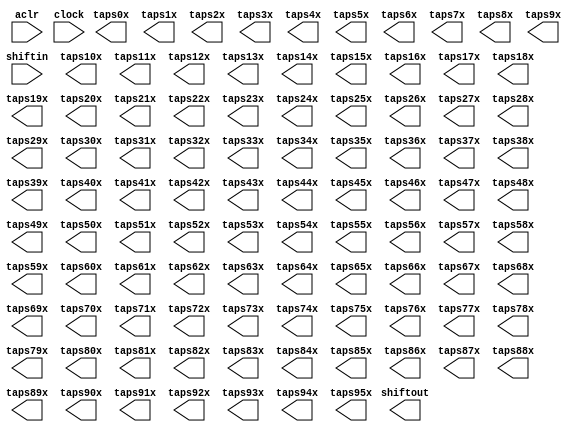
// megafunction wizard: %Shift register (RAM-based)%VBB%
// GENERATION: STANDARD
// VERSION: WM1.0
// MODULE: ALTSHIFT_TAPS 

// ============================================================
// Megafunction Name(s):
// 			ALTSHIFT_TAPS
//
// Simulation Library Files(s):
// 			altera_mf
// ============================================================
// ************************************************************
// THIS IS A WIZARD-GENERATED FILE. DO NOT EDIT THIS FILE!
//
// 18.1.0 Build 625 09/12/2018 SJ Lite Edition
// ************************************************************

//Copyright (C) 2018  Intel Corporation. All rights reserved.
//Your use of Intel Corporation's design tools, logic functions 
//and other software and tools, and its AMPP partner logic 
//functions, and any output files from any of the foregoing 
//(including device programming or simulation files), and any 
//associated documentation or information are expressly subject 
//to the terms and conditions of the Intel Program License 
//Subscription Agreement, the Intel Quartus Prime License Agreement,
//the Intel FPGA IP License Agreement, or other applicable license
//agreement, including, without limitation, that your use is for
//the sole purpose of programming logic devices manufactured by
//Intel and sold by Intel or its authorized distributors.  Please
//refer to the applicable agreement for further details.

module Shift (
	aclr,
	clock,
	shiftin,
	shiftout,
	taps0x,
	taps10x,
	taps11x,
	taps12x,
	taps13x,
	taps14x,
	taps15x,
	taps16x,
	taps17x,
	taps18x,
	taps19x,
	taps1x,
	taps20x,
	taps21x,
	taps22x,
	taps23x,
	taps24x,
	taps25x,
	taps26x,
	taps27x,
	taps28x,
	taps29x,
	taps2x,
	taps30x,
	taps31x,
	taps32x,
	taps33x,
	taps34x,
	taps35x,
	taps36x,
	taps37x,
	taps38x,
	taps39x,
	taps3x,
	taps40x,
	taps41x,
	taps42x,
	taps43x,
	taps44x,
	taps45x,
	taps46x,
	taps47x,
	taps48x,
	taps49x,
	taps4x,
	taps50x,
	taps51x,
	taps52x,
	taps53x,
	taps54x,
	taps55x,
	taps56x,
	taps57x,
	taps58x,
	taps59x,
	taps5x,
	taps60x,
	taps61x,
	taps62x,
	taps63x,
	taps64x,
	taps65x,
	taps66x,
	taps67x,
	taps68x,
	taps69x,
	taps6x,
	taps70x,
	taps71x,
	taps72x,
	taps73x,
	taps74x,
	taps75x,
	taps76x,
	taps77x,
	taps78x,
	taps79x,
	taps7x,
	taps80x,
	taps81x,
	taps82x,
	taps83x,
	taps84x,
	taps85x,
	taps86x,
	taps87x,
	taps88x,
	taps89x,
	taps8x,
	taps90x,
	taps91x,
	taps92x,
	taps93x,
	taps94x,
	taps95x,
	taps9x);

	input	  aclr;
	input	  clock;
	input	[15:0]  shiftin;
	output	[15:0]  shiftout;
	output	[15:0]  taps0x;
	output	[15:0]  taps10x;
	output	[15:0]  taps11x;
	output	[15:0]  taps12x;
	output	[15:0]  taps13x;
	output	[15:0]  taps14x;
	output	[15:0]  taps15x;
	output	[15:0]  taps16x;
	output	[15:0]  taps17x;
	output	[15:0]  taps18x;
	output	[15:0]  taps19x;
	output	[15:0]  taps1x;
	output	[15:0]  taps20x;
	output	[15:0]  taps21x;
	output	[15:0]  taps22x;
	output	[15:0]  taps23x;
	output	[15:0]  taps24x;
	output	[15:0]  taps25x;
	output	[15:0]  taps26x;
	output	[15:0]  taps27x;
	output	[15:0]  taps28x;
	output	[15:0]  taps29x;
	output	[15:0]  taps2x;
	output	[15:0]  taps30x;
	output	[15:0]  taps31x;
	output	[15:0]  taps32x;
	output	[15:0]  taps33x;
	output	[15:0]  taps34x;
	output	[15:0]  taps35x;
	output	[15:0]  taps36x;
	output	[15:0]  taps37x;
	output	[15:0]  taps38x;
	output	[15:0]  taps39x;
	output	[15:0]  taps3x;
	output	[15:0]  taps40x;
	output	[15:0]  taps41x;
	output	[15:0]  taps42x;
	output	[15:0]  taps43x;
	output	[15:0]  taps44x;
	output	[15:0]  taps45x;
	output	[15:0]  taps46x;
	output	[15:0]  taps47x;
	output	[15:0]  taps48x;
	output	[15:0]  taps49x;
	output	[15:0]  taps4x;
	output	[15:0]  taps50x;
	output	[15:0]  taps51x;
	output	[15:0]  taps52x;
	output	[15:0]  taps53x;
	output	[15:0]  taps54x;
	output	[15:0]  taps55x;
	output	[15:0]  taps56x;
	output	[15:0]  taps57x;
	output	[15:0]  taps58x;
	output	[15:0]  taps59x;
	output	[15:0]  taps5x;
	output	[15:0]  taps60x;
	output	[15:0]  taps61x;
	output	[15:0]  taps62x;
	output	[15:0]  taps63x;
	output	[15:0]  taps64x;
	output	[15:0]  taps65x;
	output	[15:0]  taps66x;
	output	[15:0]  taps67x;
	output	[15:0]  taps68x;
	output	[15:0]  taps69x;
	output	[15:0]  taps6x;
	output	[15:0]  taps70x;
	output	[15:0]  taps71x;
	output	[15:0]  taps72x;
	output	[15:0]  taps73x;
	output	[15:0]  taps74x;
	output	[15:0]  taps75x;
	output	[15:0]  taps76x;
	output	[15:0]  taps77x;
	output	[15:0]  taps78x;
	output	[15:0]  taps79x;
	output	[15:0]  taps7x;
	output	[15:0]  taps80x;
	output	[15:0]  taps81x;
	output	[15:0]  taps82x;
	output	[15:0]  taps83x;
	output	[15:0]  taps84x;
	output	[15:0]  taps85x;
	output	[15:0]  taps86x;
	output	[15:0]  taps87x;
	output	[15:0]  taps88x;
	output	[15:0]  taps89x;
	output	[15:0]  taps8x;
	output	[15:0]  taps90x;
	output	[15:0]  taps91x;
	output	[15:0]  taps92x;
	output	[15:0]  taps93x;
	output	[15:0]  taps94x;
	output	[15:0]  taps95x;
	output	[15:0]  taps9x;
`ifndef ALTERA_RESERVED_QIS
// synopsys translate_off
`endif
	tri1	  aclr;
`ifndef ALTERA_RESERVED_QIS
// synopsys translate_on
`endif

endmodule

// ============================================================
// CNX file retrieval info
// ============================================================
// Retrieval info: PRIVATE: ACLR NUMERIC "1"
// Retrieval info: PRIVATE: CLKEN NUMERIC "0"
// Retrieval info: PRIVATE: GROUP_TAPS NUMERIC "1"
// Retrieval info: PRIVATE: INTENDED_DEVICE_FAMILY STRING "Cyclone V"
// Retrieval info: PRIVATE: NUMBER_OF_TAPS NUMERIC "96"
// Retrieval info: PRIVATE: RAM_BLOCK_TYPE NUMERIC "3"
// Retrieval info: PRIVATE: SYNTH_WRAPPER_GEN_POSTFIX STRING "0"
// Retrieval info: PRIVATE: TAP_DISTANCE NUMERIC "4"
// Retrieval info: PRIVATE: WIDTH NUMERIC "16"
// Retrieval info: LIBRARY: altera_mf altera_mf.altera_mf_components.all
// Retrieval info: CONSTANT: INTENDED_DEVICE_FAMILY STRING "Cyclone V"
// Retrieval info: CONSTANT: LPM_HINT STRING "RAM_BLOCK_TYPE=AUTO"
// Retrieval info: CONSTANT: LPM_TYPE STRING "altshift_taps"
// Retrieval info: CONSTANT: NUMBER_OF_TAPS NUMERIC "96"
// Retrieval info: CONSTANT: TAP_DISTANCE NUMERIC "4"
// Retrieval info: CONSTANT: WIDTH NUMERIC "16"
// Retrieval info: USED_PORT: aclr 0 0 0 0 INPUT VCC "aclr"
// Retrieval info: USED_PORT: clock 0 0 0 0 INPUT NODEFVAL "clock"
// Retrieval info: USED_PORT: shiftin 0 0 16 0 INPUT NODEFVAL "shiftin[15..0]"
// Retrieval info: USED_PORT: shiftout 0 0 16 0 OUTPUT NODEFVAL "shiftout[15..0]"
// Retrieval info: USED_PORT: taps0x 0 0 16 0 OUTPUT NODEFVAL "taps0x[15..0]"
// Retrieval info: USED_PORT: taps10x 0 0 16 0 OUTPUT NODEFVAL "taps10x[15..0]"
// Retrieval info: USED_PORT: taps11x 0 0 16 0 OUTPUT NODEFVAL "taps11x[15..0]"
// Retrieval info: USED_PORT: taps12x 0 0 16 0 OUTPUT NODEFVAL "taps12x[15..0]"
// Retrieval info: USED_PORT: taps13x 0 0 16 0 OUTPUT NODEFVAL "taps13x[15..0]"
// Retrieval info: USED_PORT: taps14x 0 0 16 0 OUTPUT NODEFVAL "taps14x[15..0]"
// Retrieval info: USED_PORT: taps15x 0 0 16 0 OUTPUT NODEFVAL "taps15x[15..0]"
// Retrieval info: USED_PORT: taps16x 0 0 16 0 OUTPUT NODEFVAL "taps16x[15..0]"
// Retrieval info: USED_PORT: taps17x 0 0 16 0 OUTPUT NODEFVAL "taps17x[15..0]"
// Retrieval info: USED_PORT: taps18x 0 0 16 0 OUTPUT NODEFVAL "taps18x[15..0]"
// Retrieval info: USED_PORT: taps19x 0 0 16 0 OUTPUT NODEFVAL "taps19x[15..0]"
// Retrieval info: USED_PORT: taps1x 0 0 16 0 OUTPUT NODEFVAL "taps1x[15..0]"
// Retrieval info: USED_PORT: taps20x 0 0 16 0 OUTPUT NODEFVAL "taps20x[15..0]"
// Retrieval info: USED_PORT: taps21x 0 0 16 0 OUTPUT NODEFVAL "taps21x[15..0]"
// Retrieval info: USED_PORT: taps22x 0 0 16 0 OUTPUT NODEFVAL "taps22x[15..0]"
// Retrieval info: USED_PORT: taps23x 0 0 16 0 OUTPUT NODEFVAL "taps23x[15..0]"
// Retrieval info: USED_PORT: taps24x 0 0 16 0 OUTPUT NODEFVAL "taps24x[15..0]"
// Retrieval info: USED_PORT: taps25x 0 0 16 0 OUTPUT NODEFVAL "taps25x[15..0]"
// Retrieval info: USED_PORT: taps26x 0 0 16 0 OUTPUT NODEFVAL "taps26x[15..0]"
// Retrieval info: USED_PORT: taps27x 0 0 16 0 OUTPUT NODEFVAL "taps27x[15..0]"
// Retrieval info: USED_PORT: taps28x 0 0 16 0 OUTPUT NODEFVAL "taps28x[15..0]"
// Retrieval info: USED_PORT: taps29x 0 0 16 0 OUTPUT NODEFVAL "taps29x[15..0]"
// Retrieval info: USED_PORT: taps2x 0 0 16 0 OUTPUT NODEFVAL "taps2x[15..0]"
// Retrieval info: USED_PORT: taps30x 0 0 16 0 OUTPUT NODEFVAL "taps30x[15..0]"
// Retrieval info: USED_PORT: taps31x 0 0 16 0 OUTPUT NODEFVAL "taps31x[15..0]"
// Retrieval info: USED_PORT: taps32x 0 0 16 0 OUTPUT NODEFVAL "taps32x[15..0]"
// Retrieval info: USED_PORT: taps33x 0 0 16 0 OUTPUT NODEFVAL "taps33x[15..0]"
// Retrieval info: USED_PORT: taps34x 0 0 16 0 OUTPUT NODEFVAL "taps34x[15..0]"
// Retrieval info: USED_PORT: taps35x 0 0 16 0 OUTPUT NODEFVAL "taps35x[15..0]"
// Retrieval info: USED_PORT: taps36x 0 0 16 0 OUTPUT NODEFVAL "taps36x[15..0]"
// Retrieval info: USED_PORT: taps37x 0 0 16 0 OUTPUT NODEFVAL "taps37x[15..0]"
// Retrieval info: USED_PORT: taps38x 0 0 16 0 OUTPUT NODEFVAL "taps38x[15..0]"
// Retrieval info: USED_PORT: taps39x 0 0 16 0 OUTPUT NODEFVAL "taps39x[15..0]"
// Retrieval info: USED_PORT: taps3x 0 0 16 0 OUTPUT NODEFVAL "taps3x[15..0]"
// Retrieval info: USED_PORT: taps40x 0 0 16 0 OUTPUT NODEFVAL "taps40x[15..0]"
// Retrieval info: USED_PORT: taps41x 0 0 16 0 OUTPUT NODEFVAL "taps41x[15..0]"
// Retrieval info: USED_PORT: taps42x 0 0 16 0 OUTPUT NODEFVAL "taps42x[15..0]"
// Retrieval info: USED_PORT: taps43x 0 0 16 0 OUTPUT NODEFVAL "taps43x[15..0]"
// Retrieval info: USED_PORT: taps44x 0 0 16 0 OUTPUT NODEFVAL "taps44x[15..0]"
// Retrieval info: USED_PORT: taps45x 0 0 16 0 OUTPUT NODEFVAL "taps45x[15..0]"
// Retrieval info: USED_PORT: taps46x 0 0 16 0 OUTPUT NODEFVAL "taps46x[15..0]"
// Retrieval info: USED_PORT: taps47x 0 0 16 0 OUTPUT NODEFVAL "taps47x[15..0]"
// Retrieval info: USED_PORT: taps48x 0 0 16 0 OUTPUT NODEFVAL "taps48x[15..0]"
// Retrieval info: USED_PORT: taps49x 0 0 16 0 OUTPUT NODEFVAL "taps49x[15..0]"
// Retrieval info: USED_PORT: taps4x 0 0 16 0 OUTPUT NODEFVAL "taps4x[15..0]"
// Retrieval info: USED_PORT: taps50x 0 0 16 0 OUTPUT NODEFVAL "taps50x[15..0]"
// Retrieval info: USED_PORT: taps51x 0 0 16 0 OUTPUT NODEFVAL "taps51x[15..0]"
// Retrieval info: USED_PORT: taps52x 0 0 16 0 OUTPUT NODEFVAL "taps52x[15..0]"
// Retrieval info: USED_PORT: taps53x 0 0 16 0 OUTPUT NODEFVAL "taps53x[15..0]"
// Retrieval info: USED_PORT: taps54x 0 0 16 0 OUTPUT NODEFVAL "taps54x[15..0]"
// Retrieval info: USED_PORT: taps55x 0 0 16 0 OUTPUT NODEFVAL "taps55x[15..0]"
// Retrieval info: USED_PORT: taps56x 0 0 16 0 OUTPUT NODEFVAL "taps56x[15..0]"
// Retrieval info: USED_PORT: taps57x 0 0 16 0 OUTPUT NODEFVAL "taps57x[15..0]"
// Retrieval info: USED_PORT: taps58x 0 0 16 0 OUTPUT NODEFVAL "taps58x[15..0]"
// Retrieval info: USED_PORT: taps59x 0 0 16 0 OUTPUT NODEFVAL "taps59x[15..0]"
// Retrieval info: USED_PORT: taps5x 0 0 16 0 OUTPUT NODEFVAL "taps5x[15..0]"
// Retrieval info: USED_PORT: taps60x 0 0 16 0 OUTPUT NODEFVAL "taps60x[15..0]"
// Retrieval info: USED_PORT: taps61x 0 0 16 0 OUTPUT NODEFVAL "taps61x[15..0]"
// Retrieval info: USED_PORT: taps62x 0 0 16 0 OUTPUT NODEFVAL "taps62x[15..0]"
// Retrieval info: USED_PORT: taps63x 0 0 16 0 OUTPUT NODEFVAL "taps63x[15..0]"
// Retrieval info: USED_PORT: taps64x 0 0 16 0 OUTPUT NODEFVAL "taps64x[15..0]"
// Retrieval info: USED_PORT: taps65x 0 0 16 0 OUTPUT NODEFVAL "taps65x[15..0]"
// Retrieval info: USED_PORT: taps66x 0 0 16 0 OUTPUT NODEFVAL "taps66x[15..0]"
// Retrieval info: USED_PORT: taps67x 0 0 16 0 OUTPUT NODEFVAL "taps67x[15..0]"
// Retrieval info: USED_PORT: taps68x 0 0 16 0 OUTPUT NODEFVAL "taps68x[15..0]"
// Retrieval info: USED_PORT: taps69x 0 0 16 0 OUTPUT NODEFVAL "taps69x[15..0]"
// Retrieval info: USED_PORT: taps6x 0 0 16 0 OUTPUT NODEFVAL "taps6x[15..0]"
// Retrieval info: USED_PORT: taps70x 0 0 16 0 OUTPUT NODEFVAL "taps70x[15..0]"
// Retrieval info: USED_PORT: taps71x 0 0 16 0 OUTPUT NODEFVAL "taps71x[15..0]"
// Retrieval info: USED_PORT: taps72x 0 0 16 0 OUTPUT NODEFVAL "taps72x[15..0]"
// Retrieval info: USED_PORT: taps73x 0 0 16 0 OUTPUT NODEFVAL "taps73x[15..0]"
// Retrieval info: USED_PORT: taps74x 0 0 16 0 OUTPUT NODEFVAL "taps74x[15..0]"
// Retrieval info: USED_PORT: taps75x 0 0 16 0 OUTPUT NODEFVAL "taps75x[15..0]"
// Retrieval info: USED_PORT: taps76x 0 0 16 0 OUTPUT NODEFVAL "taps76x[15..0]"
// Retrieval info: USED_PORT: taps77x 0 0 16 0 OUTPUT NODEFVAL "taps77x[15..0]"
// Retrieval info: USED_PORT: taps78x 0 0 16 0 OUTPUT NODEFVAL "taps78x[15..0]"
// Retrieval info: USED_PORT: taps79x 0 0 16 0 OUTPUT NODEFVAL "taps79x[15..0]"
// Retrieval info: USED_PORT: taps7x 0 0 16 0 OUTPUT NODEFVAL "taps7x[15..0]"
// Retrieval info: USED_PORT: taps80x 0 0 16 0 OUTPUT NODEFVAL "taps80x[15..0]"
// Retrieval info: USED_PORT: taps81x 0 0 16 0 OUTPUT NODEFVAL "taps81x[15..0]"
// Retrieval info: USED_PORT: taps82x 0 0 16 0 OUTPUT NODEFVAL "taps82x[15..0]"
// Retrieval info: USED_PORT: taps83x 0 0 16 0 OUTPUT NODEFVAL "taps83x[15..0]"
// Retrieval info: USED_PORT: taps84x 0 0 16 0 OUTPUT NODEFVAL "taps84x[15..0]"
// Retrieval info: USED_PORT: taps85x 0 0 16 0 OUTPUT NODEFVAL "taps85x[15..0]"
// Retrieval info: USED_PORT: taps86x 0 0 16 0 OUTPUT NODEFVAL "taps86x[15..0]"
// Retrieval info: USED_PORT: taps87x 0 0 16 0 OUTPUT NODEFVAL "taps87x[15..0]"
// Retrieval info: USED_PORT: taps88x 0 0 16 0 OUTPUT NODEFVAL "taps88x[15..0]"
// Retrieval info: USED_PORT: taps89x 0 0 16 0 OUTPUT NODEFVAL "taps89x[15..0]"
// Retrieval info: USED_PORT: taps8x 0 0 16 0 OUTPUT NODEFVAL "taps8x[15..0]"
// Retrieval info: USED_PORT: taps90x 0 0 16 0 OUTPUT NODEFVAL "taps90x[15..0]"
// Retrieval info: USED_PORT: taps91x 0 0 16 0 OUTPUT NODEFVAL "taps91x[15..0]"
// Retrieval info: USED_PORT: taps92x 0 0 16 0 OUTPUT NODEFVAL "taps92x[15..0]"
// Retrieval info: USED_PORT: taps93x 0 0 16 0 OUTPUT NODEFVAL "taps93x[15..0]"
// Retrieval info: USED_PORT: taps94x 0 0 16 0 OUTPUT NODEFVAL "taps94x[15..0]"
// Retrieval info: USED_PORT: taps95x 0 0 16 0 OUTPUT NODEFVAL "taps95x[15..0]"
// Retrieval info: USED_PORT: taps9x 0 0 16 0 OUTPUT NODEFVAL "taps9x[15..0]"
// Retrieval info: CONNECT: @aclr 0 0 0 0 aclr 0 0 0 0
// Retrieval info: CONNECT: @clock 0 0 0 0 clock 0 0 0 0
// Retrieval info: CONNECT: @shiftin 0 0 16 0 shiftin 0 0 16 0
// Retrieval info: CONNECT: shiftout 0 0 16 0 @shiftout 0 0 16 0
// Retrieval info: CONNECT: taps0x 0 0 16 0 @taps 0 0 16 0
// Retrieval info: CONNECT: taps10x 0 0 16 0 @taps 0 0 16 160
// Retrieval info: CONNECT: taps11x 0 0 16 0 @taps 0 0 16 176
// Retrieval info: CONNECT: taps12x 0 0 16 0 @taps 0 0 16 192
// Retrieval info: CONNECT: taps13x 0 0 16 0 @taps 0 0 16 208
// Retrieval info: CONNECT: taps14x 0 0 16 0 @taps 0 0 16 224
// Retrieval info: CONNECT: taps15x 0 0 16 0 @taps 0 0 16 240
// Retrieval info: CONNECT: taps16x 0 0 16 0 @taps 0 0 16 256
// Retrieval info: CONNECT: taps17x 0 0 16 0 @taps 0 0 16 272
// Retrieval info: CONNECT: taps18x 0 0 16 0 @taps 0 0 16 288
// Retrieval info: CONNECT: taps19x 0 0 16 0 @taps 0 0 16 304
// Retrieval info: CONNECT: taps1x 0 0 16 0 @taps 0 0 16 16
// Retrieval info: CONNECT: taps20x 0 0 16 0 @taps 0 0 16 320
// Retrieval info: CONNECT: taps21x 0 0 16 0 @taps 0 0 16 336
// Retrieval info: CONNECT: taps22x 0 0 16 0 @taps 0 0 16 352
// Retrieval info: CONNECT: taps23x 0 0 16 0 @taps 0 0 16 368
// Retrieval info: CONNECT: taps24x 0 0 16 0 @taps 0 0 16 384
// Retrieval info: CONNECT: taps25x 0 0 16 0 @taps 0 0 16 400
// Retrieval info: CONNECT: taps26x 0 0 16 0 @taps 0 0 16 416
// Retrieval info: CONNECT: taps27x 0 0 16 0 @taps 0 0 16 432
// Retrieval info: CONNECT: taps28x 0 0 16 0 @taps 0 0 16 448
// Retrieval info: CONNECT: taps29x 0 0 16 0 @taps 0 0 16 464
// Retrieval info: CONNECT: taps2x 0 0 16 0 @taps 0 0 16 32
// Retrieval info: CONNECT: taps30x 0 0 16 0 @taps 0 0 16 480
// Retrieval info: CONNECT: taps31x 0 0 16 0 @taps 0 0 16 496
// Retrieval info: CONNECT: taps32x 0 0 16 0 @taps 0 0 16 512
// Retrieval info: CONNECT: taps33x 0 0 16 0 @taps 0 0 16 528
// Retrieval info: CONNECT: taps34x 0 0 16 0 @taps 0 0 16 544
// Retrieval info: CONNECT: taps35x 0 0 16 0 @taps 0 0 16 560
// Retrieval info: CONNECT: taps36x 0 0 16 0 @taps 0 0 16 576
// Retrieval info: CONNECT: taps37x 0 0 16 0 @taps 0 0 16 592
// Retrieval info: CONNECT: taps38x 0 0 16 0 @taps 0 0 16 608
// Retrieval info: CONNECT: taps39x 0 0 16 0 @taps 0 0 16 624
// Retrieval info: CONNECT: taps3x 0 0 16 0 @taps 0 0 16 48
// Retrieval info: CONNECT: taps40x 0 0 16 0 @taps 0 0 16 640
// Retrieval info: CONNECT: taps41x 0 0 16 0 @taps 0 0 16 656
// Retrieval info: CONNECT: taps42x 0 0 16 0 @taps 0 0 16 672
// Retrieval info: CONNECT: taps43x 0 0 16 0 @taps 0 0 16 688
// Retrieval info: CONNECT: taps44x 0 0 16 0 @taps 0 0 16 704
// Retrieval info: CONNECT: taps45x 0 0 16 0 @taps 0 0 16 720
// Retrieval info: CONNECT: taps46x 0 0 16 0 @taps 0 0 16 736
// Retrieval info: CONNECT: taps47x 0 0 16 0 @taps 0 0 16 752
// Retrieval info: CONNECT: taps48x 0 0 16 0 @taps 0 0 16 768
// Retrieval info: CONNECT: taps49x 0 0 16 0 @taps 0 0 16 784
// Retrieval info: CONNECT: taps4x 0 0 16 0 @taps 0 0 16 64
// Retrieval info: CONNECT: taps50x 0 0 16 0 @taps 0 0 16 800
// Retrieval info: CONNECT: taps51x 0 0 16 0 @taps 0 0 16 816
// Retrieval info: CONNECT: taps52x 0 0 16 0 @taps 0 0 16 832
// Retrieval info: CONNECT: taps53x 0 0 16 0 @taps 0 0 16 848
// Retrieval info: CONNECT: taps54x 0 0 16 0 @taps 0 0 16 864
// Retrieval info: CONNECT: taps55x 0 0 16 0 @taps 0 0 16 880
// Retrieval info: CONNECT: taps56x 0 0 16 0 @taps 0 0 16 896
// Retrieval info: CONNECT: taps57x 0 0 16 0 @taps 0 0 16 912
// Retrieval info: CONNECT: taps58x 0 0 16 0 @taps 0 0 16 928
// Retrieval info: CONNECT: taps59x 0 0 16 0 @taps 0 0 16 944
// Retrieval info: CONNECT: taps5x 0 0 16 0 @taps 0 0 16 80
// Retrieval info: CONNECT: taps60x 0 0 16 0 @taps 0 0 16 960
// Retrieval info: CONNECT: taps61x 0 0 16 0 @taps 0 0 16 976
// Retrieval info: CONNECT: taps62x 0 0 16 0 @taps 0 0 16 992
// Retrieval info: CONNECT: taps63x 0 0 16 0 @taps 0 0 16 1008
// Retrieval info: CONNECT: taps64x 0 0 16 0 @taps 0 0 16 1024
// Retrieval info: CONNECT: taps65x 0 0 16 0 @taps 0 0 16 1040
// Retrieval info: CONNECT: taps66x 0 0 16 0 @taps 0 0 16 1056
// Retrieval info: CONNECT: taps67x 0 0 16 0 @taps 0 0 16 1072
// Retrieval info: CONNECT: taps68x 0 0 16 0 @taps 0 0 16 1088
// Retrieval info: CONNECT: taps69x 0 0 16 0 @taps 0 0 16 1104
// Retrieval info: CONNECT: taps6x 0 0 16 0 @taps 0 0 16 96
// Retrieval info: CONNECT: taps70x 0 0 16 0 @taps 0 0 16 1120
// Retrieval info: CONNECT: taps71x 0 0 16 0 @taps 0 0 16 1136
// Retrieval info: CONNECT: taps72x 0 0 16 0 @taps 0 0 16 1152
// Retrieval info: CONNECT: taps73x 0 0 16 0 @taps 0 0 16 1168
// Retrieval info: CONNECT: taps74x 0 0 16 0 @taps 0 0 16 1184
// Retrieval info: CONNECT: taps75x 0 0 16 0 @taps 0 0 16 1200
// Retrieval info: CONNECT: taps76x 0 0 16 0 @taps 0 0 16 1216
// Retrieval info: CONNECT: taps77x 0 0 16 0 @taps 0 0 16 1232
// Retrieval info: CONNECT: taps78x 0 0 16 0 @taps 0 0 16 1248
// Retrieval info: CONNECT: taps79x 0 0 16 0 @taps 0 0 16 1264
// Retrieval info: CONNECT: taps7x 0 0 16 0 @taps 0 0 16 112
// Retrieval info: CONNECT: taps80x 0 0 16 0 @taps 0 0 16 1280
// Retrieval info: CONNECT: taps81x 0 0 16 0 @taps 0 0 16 1296
// Retrieval info: CONNECT: taps82x 0 0 16 0 @taps 0 0 16 1312
// Retrieval info: CONNECT: taps83x 0 0 16 0 @taps 0 0 16 1328
// Retrieval info: CONNECT: taps84x 0 0 16 0 @taps 0 0 16 1344
// Retrieval info: CONNECT: taps85x 0 0 16 0 @taps 0 0 16 1360
// Retrieval info: CONNECT: taps86x 0 0 16 0 @taps 0 0 16 1376
// Retrieval info: CONNECT: taps87x 0 0 16 0 @taps 0 0 16 1392
// Retrieval info: CONNECT: taps88x 0 0 16 0 @taps 0 0 16 1408
// Retrieval info: CONNECT: taps89x 0 0 16 0 @taps 0 0 16 1424
// Retrieval info: CONNECT: taps8x 0 0 16 0 @taps 0 0 16 128
// Retrieval info: CONNECT: taps90x 0 0 16 0 @taps 0 0 16 1440
// Retrieval info: CONNECT: taps91x 0 0 16 0 @taps 0 0 16 1456
// Retrieval info: CONNECT: taps92x 0 0 16 0 @taps 0 0 16 1472
// Retrieval info: CONNECT: taps93x 0 0 16 0 @taps 0 0 16 1488
// Retrieval info: CONNECT: taps94x 0 0 16 0 @taps 0 0 16 1504
// Retrieval info: CONNECT: taps95x 0 0 16 0 @taps 0 0 16 1520
// Retrieval info: CONNECT: taps9x 0 0 16 0 @taps 0 0 16 144
// Retrieval info: GEN_FILE: TYPE_NORMAL Shift.v TRUE
// Retrieval info: GEN_FILE: TYPE_NORMAL Shift.inc FALSE
// Retrieval info: GEN_FILE: TYPE_NORMAL Shift.cmp FALSE
// Retrieval info: GEN_FILE: TYPE_NORMAL Shift.bsf TRUE
// Retrieval info: GEN_FILE: TYPE_NORMAL Shift_inst.v FALSE
// Retrieval info: GEN_FILE: TYPE_NORMAL Shift_bb.v TRUE
// Retrieval info: LIB_FILE: altera_mf